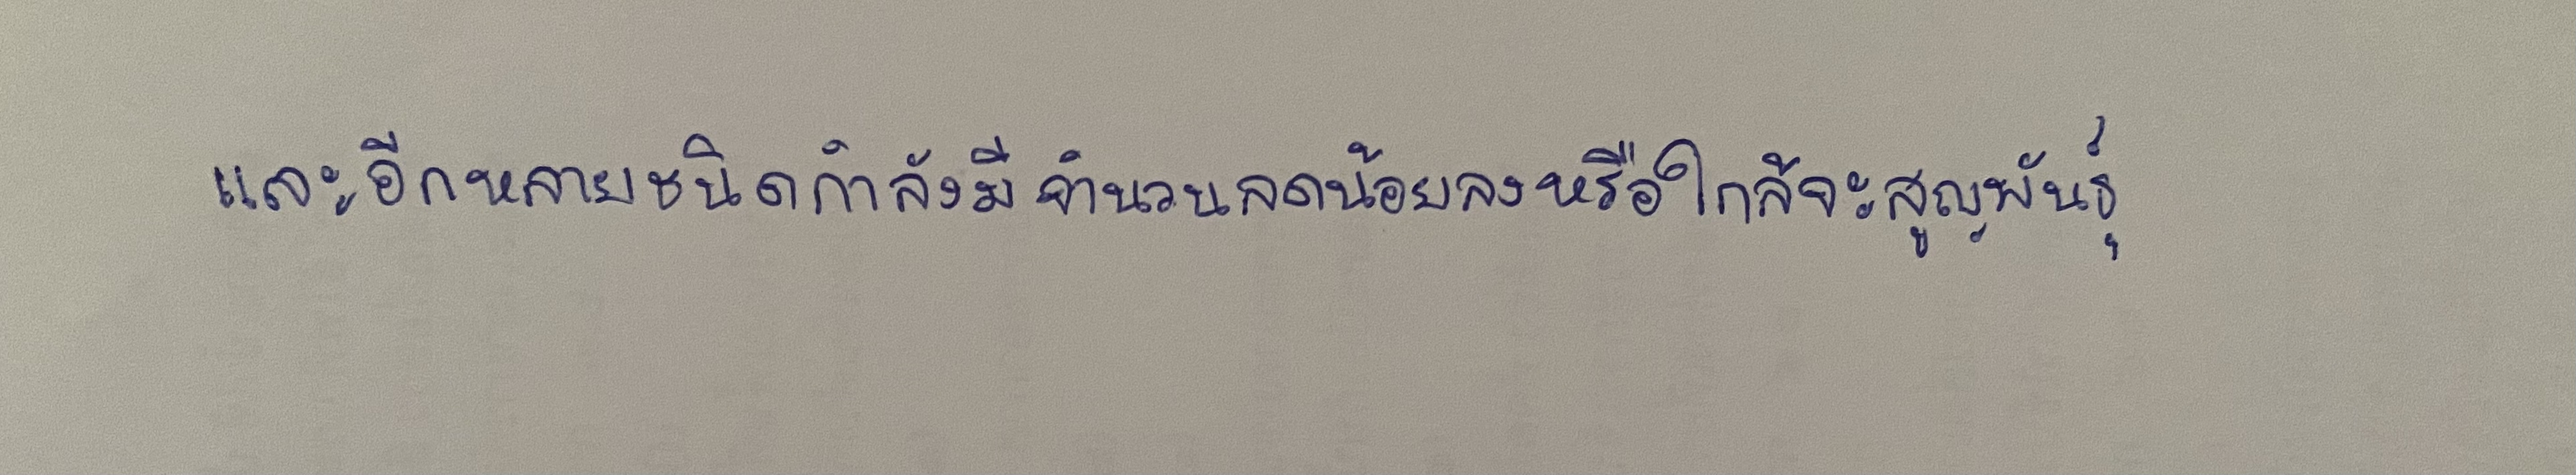
และอีกหลายชนิดกำลังมีจำนวนลดน้อยลงหรือใกล้จะสูญพันธุ์